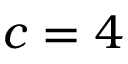
c = 4